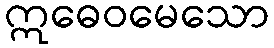
ဣဓေဝမေသော